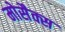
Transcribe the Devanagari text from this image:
मोसैक्स